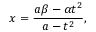
x = { \frac { a \beta - \alpha t ^ { 2 } } { a - t ^ { 2 } } } ,